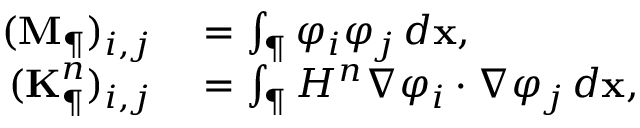
\begin{array} { r l } { ( \mathbf { M } _ { \P } ) _ { i , j } } & { { } = \int _ { \P } \varphi _ { i } \varphi _ { j } \, d \mathbf { x } , } \\ { ( \mathbf { K } _ { \P } ^ { n } ) _ { i , j } } & { { } = \int _ { \P } H ^ { n } \nabla \varphi _ { i } \cdot \nabla \varphi _ { j } \, d \mathbf { x } , } \end{array}